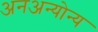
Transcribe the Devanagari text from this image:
अनअन्‍योन्‍य